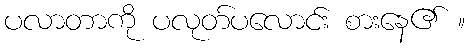
ပလာတာကို ပလုတ်ပလောင်း စားနေ၏ ။